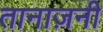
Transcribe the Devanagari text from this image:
तानाज़नी